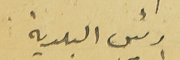
رئيس البلدية